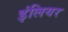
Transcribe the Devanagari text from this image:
इंलियर